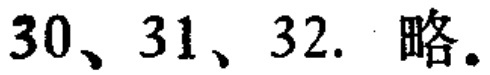
30、31、32. 略。